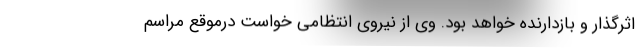
اثرگذار و بازدارنده خواهد بود. وی از نیروی انتظامی خواست درموقع مراسم